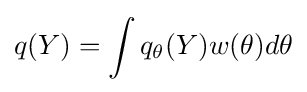
q(Y)=\int q_{\theta }(Y)w(\theta )d\theta